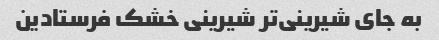
به جای شیرینی‌تر شیرینی خشک فرستادین